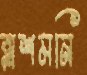
রাশমনি